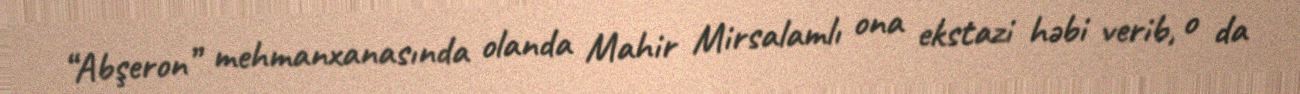
“Abşeron” mehmanxanasında olanda Mahir Mirsalamlı ona ekstazi həbi verib, o da